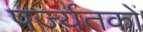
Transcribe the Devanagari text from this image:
पर्ज्यतकों